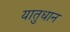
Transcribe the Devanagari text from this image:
यातुधान